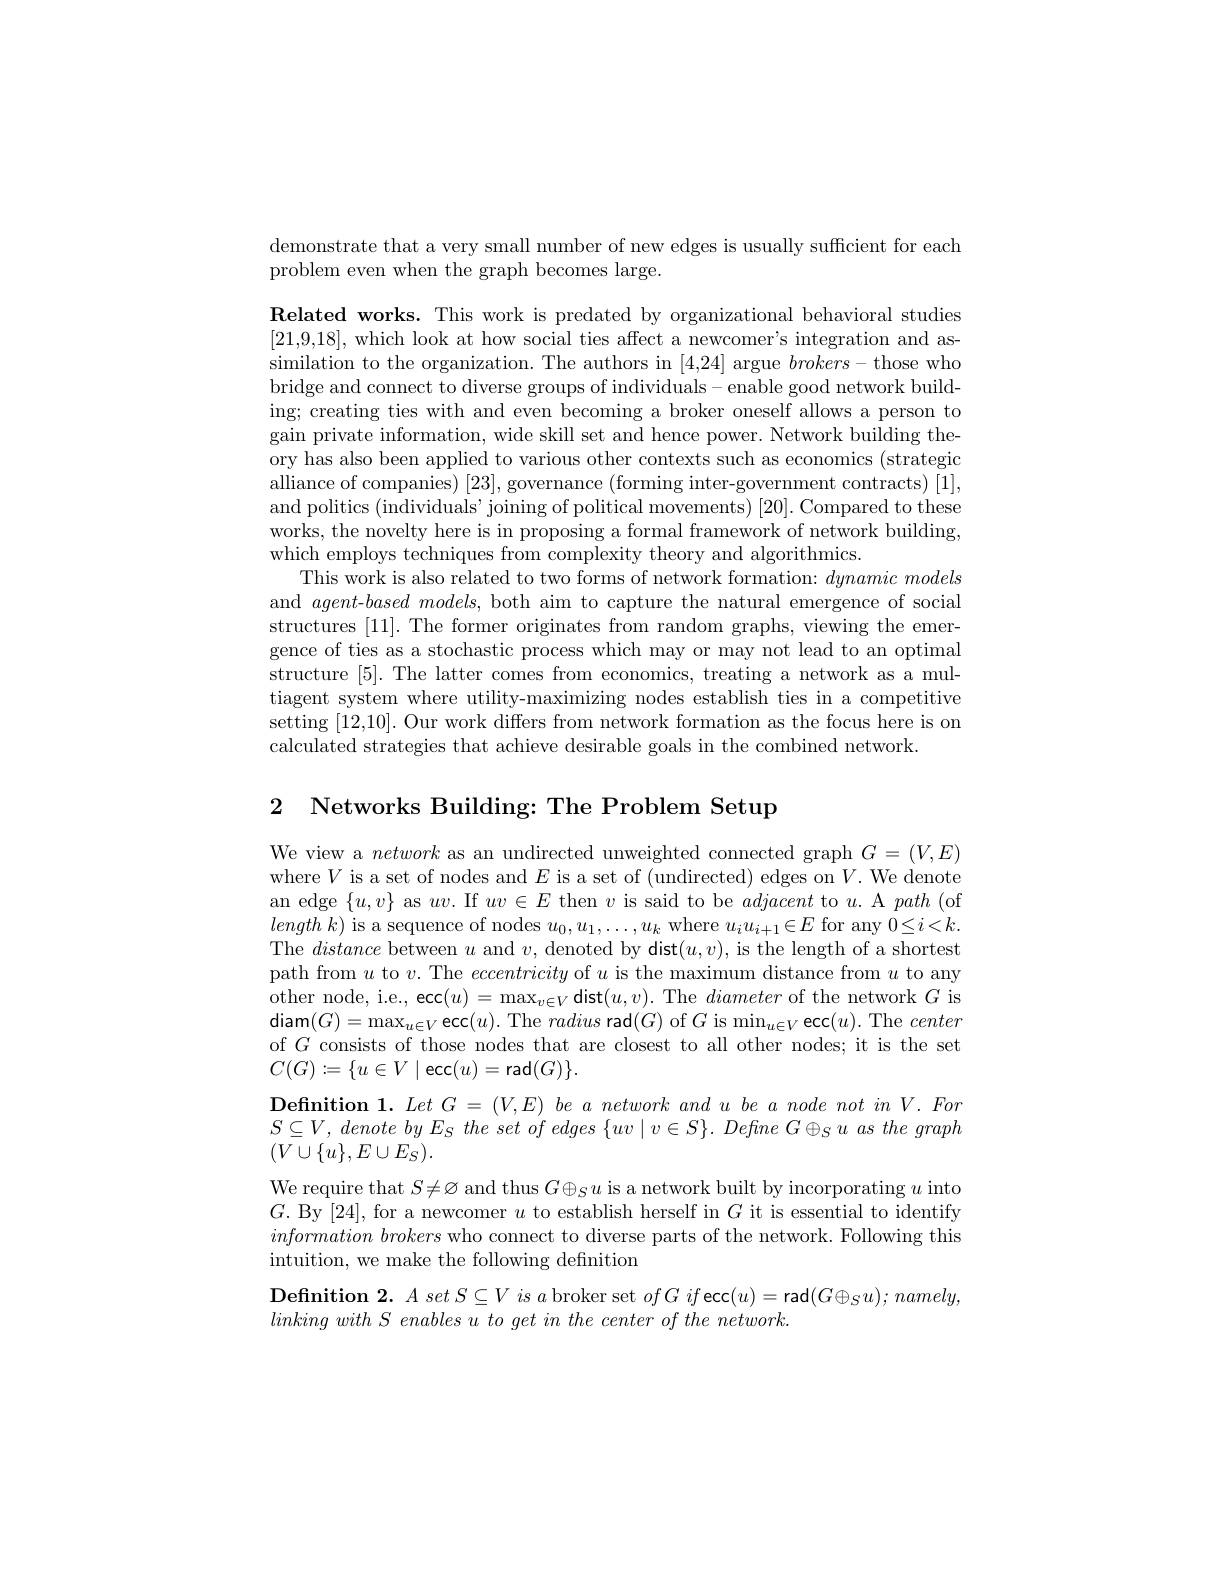
demonstrate that a very small number of new edges is usually sufficient for each
problem even when the graph becomes large.

Related works. This work is predated by organizational behavioral studies [21,9,18],which look at how social ties affect a newcomer's integration and assimilation to the organization. The authors in [4,24] argue $brokers-$those who bridge and connect to diverse groups of individuals- enable good network building; creating ties with and even becoming a broker oneself allows a person to gain private information, wide skill set and hence power. Network building theory has also been applied to various other contexts such as economics (strategiconteres) alliance of companies) [23], governance (forming inter-government contracts) [1], and politics (individuals' joining of political movements) [20]. Compared to these works, the novelty here is in proposing a formal framework of network building, which employs techniques from complexity theory and algorithmics.
This work is also related to two forms of network formation: dynamic models and agent-based models, both aim to capture the natural emergence of social structures [11]. The former originates from random graphs, viewing the emergence of ties as a stochastic process which may or may not lead to an optimal structure [5].The latter comes from economics, treating a network as a multiagent system where utility-maximizing nodes establish ties in a competitive setting [12,10]. Our work differs from network formation as the focus here is on calculated strategies that achieve desirable goals in the combined network

2 Networks Building: The Problem Setup

We view a network as an undirected unweighted connected graph $G=(V,E)$ where$V$ is a set of nodes and $E$ is a set of (undirected) edges on $V.$ We denote an edge $\{u,v\}$ as $uv.$ If $uv\in E$ then $v$ is said to be adjacent to $u.$ A path (of length $k)$ is a sequence of nodes $u_0,u_1,\ldots,u_k$ where $u_iu_{i+1}\in E$ for any $0\leq i<k.$ The distance between $u$ and $v$, denoted by dist$(u,v)$, is the length of a shortest path from $u$ to $v.$ The eccentricity of $u$ is the maximum distance from $u$ to any other node, i.e., ecc$(u)=\max_v\in V$dist$(u,v).$ The diameter of the network $G$ is $\operatorname{diam}(G)=\operatorname*{max}_{u\in V}\operatorname{ecc}(u).$ The radius rad$(G)$ of $G$ is min$_u\in V$ ecc$(u).$ The center of $G$ consists of those nodes that are closest to all other nodes; it is the set $C(G):=\{u\in V\mid\operatorname{ecc}(u)=\operatorname{rad}(G)\}.$
$\textbf{Definition 1. Let G = ( V, E) be a network and u be a node not in V. Fon}$ $S\subseteq V$, denoteby $E_{S}$ $the set of edges \{ uv\mid v\in S\} .$ $Define G\oplus _{S}u as the graph$
$(V\cup\{u\},E\cup E_{S}).$
We require that $S\neq\varnothing$ and thus $G\oplus_Su$ is a network built by incorporating $u$ into $G.$ By [24], for a newcomer $u$ to establish herself in $G$ it is essential to identify information brokers who connect to diverse parts of the network. Following this intuition, we make the following defnition
$\textbf{Definition 2.  }A\textit{set S}\subseteq V\textit{is a broker set }ofG\textit{ifecc}( u) =$rad$(G\oplus_Su);namely$

$linkingwithS\textit{ enables u to get in the center of the network}$